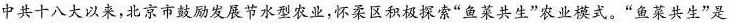
中共十八大以来，北京市鼓励发展节水型农业，怀柔区积极探索“鱼菜共生”农业模式。“鱼菜共生”是